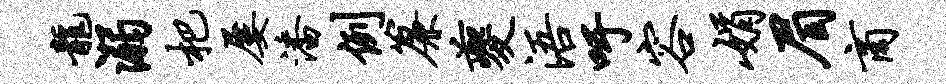
龙溺杷屡潘例帘夔浯吁容娟眉商